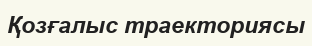
Қозғалыс траекториясы